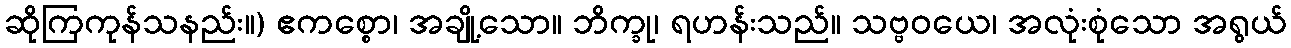
ဆိုကြကုန်သနည်း။) ဧကစ္စော၊ အချို့သော။ ဘိက္ခု၊ ရဟန်းသည်။ သဗ္ဗဝယေ၊ အလုံးစုံသော အရွယ်